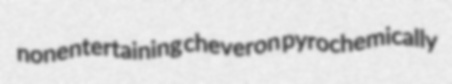
nonentertaining cheveron pyrochemically